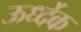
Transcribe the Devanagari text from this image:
ऊर्ध्देक